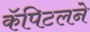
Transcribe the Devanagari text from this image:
कॅपिटलने